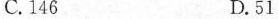
C.146 D.51